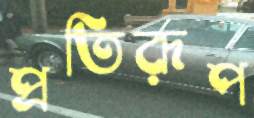
প্রতিরূপ